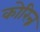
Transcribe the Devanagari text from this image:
कोरिन्न